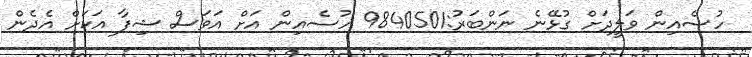
ހުސެއިން ވަލީދަށް ގުޅޭނެ ނަންބަރު:9840501 ހުސެއިން އަށް އަވަސް ޝިފާ އަކަށް އެދެން